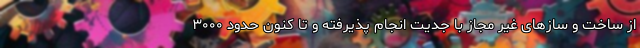
از ساخت و سازهای غیر مجاز با جدیت انجام پذیرفته و تا کنون حدود ۳۰۰۰